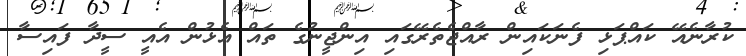
ކުރާނެއޭ ކައްޕަޅި ފެނަކައިން ރާއްޖެތެރޭގައި އިންޖީނުގެ ތައް އެޅުން އެއީ ސީދާ ފައިސާ